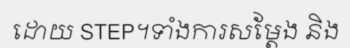
ដោយ STEP។ទាំងការសម្តែង និង